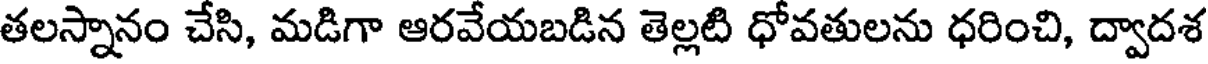
తలస్నానం చేసి, మడిగా ఆరవేయబడిన తెల్లటి ధోవతులను ధరించి, ద్వాదశ